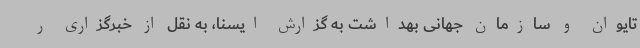
تایوان و سازمان جهانی بهداشت به گزارش ایسنا، به نقل از خبرگزاری ر